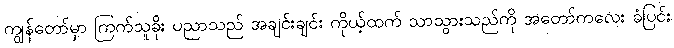
ကျွန်တော်မှာ ကြက်သူခိုး ပညာသည် အချင်းချင်း ကိုယ့်ထက် သာသွားသည်ကို အတော်ကလေး ခံပြင်း